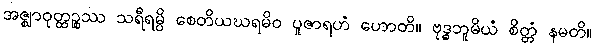
အဇ္ဈာဝုတ္ထဉ္စဿ သရီရမ္ပိ စေတိယဃရမိဝ ပူဇာရဟံ ဟောတိ။ ဗုဒ္ဓဘူမိယံ စိတ္တံ နမတိ။